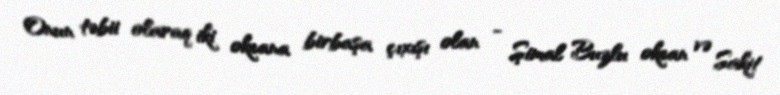
Onun təbii olaraq iki okeana birbaşa çıxışı olan - Şimal Buzlu okean və Sakit